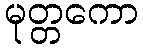
မုတ္တကော